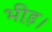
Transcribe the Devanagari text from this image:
भीड़़।